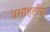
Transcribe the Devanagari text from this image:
वसाहतीय